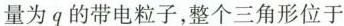
量为q的带电粒子，整个三角形位于